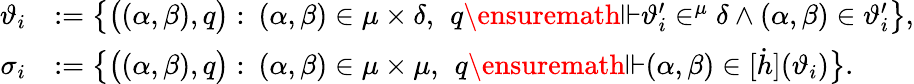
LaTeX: \begin{array}{rl}{\vartheta_{i}}&{:=\big\{ \big((\alpha,\beta),q\big):\: (\alpha,\beta)\in\mu\times\delta,\ \, q\ensuremath{\Vdash}\vartheta_{i}^{\prime}\in^{\mu}\delta\land(\alpha,\beta)\in\vartheta_{i}^{\prime}\big\} ,}\\ {\sigma_{i}}&{:=\big\{ \big((\alpha,\beta),q\big):\: (\alpha,\beta)\in\mu\times\mu,\ \, q\ensuremath{\Vdash}(\alpha,\beta)\in[\dot{h}](\vartheta_{i})\big\} .}\end{array}